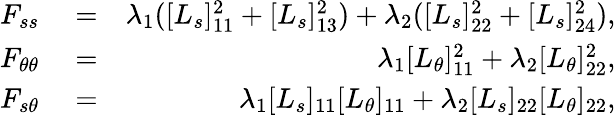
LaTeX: \begin{array}{rlr}{F_{ss}}&{{}=}&{\lambda_{1}([L_{s}]_{11}^{2}+[L_{s}]_{13}^{2})+\lambda_{2}([L_{s}]_{22}^{2}+[L_{s}]_{24}^{2}),}\\ {F_{\theta\theta}}&{{}=}&{\lambda_{1}[L_{\theta}]_{11}^{2}+\lambda_{2}[L_{\theta}]_{22}^{2},}\\ {F_{s\theta}}&{{}=}&{\lambda_{1}[L_{s}]_{11}[L_{\theta}]_{11}+\lambda_{2}[L_{s}]_{22}[L_{\theta}]_{22},}\end{array}